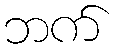
ဘက်